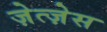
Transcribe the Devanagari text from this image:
ज़ेत्ज़ेस